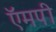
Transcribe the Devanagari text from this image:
ऍमपी